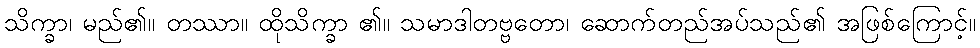
သိက္ခာ၊ မည်၏။ တဿာ။ ထိုသိက္ခာ ၏။ သမာဒါတဗ္ဗတော၊ ဆောက်တည်အပ်သည်၏ အဖြစ်ကြောင့်။